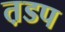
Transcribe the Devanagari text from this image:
त़डप